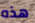
هذه